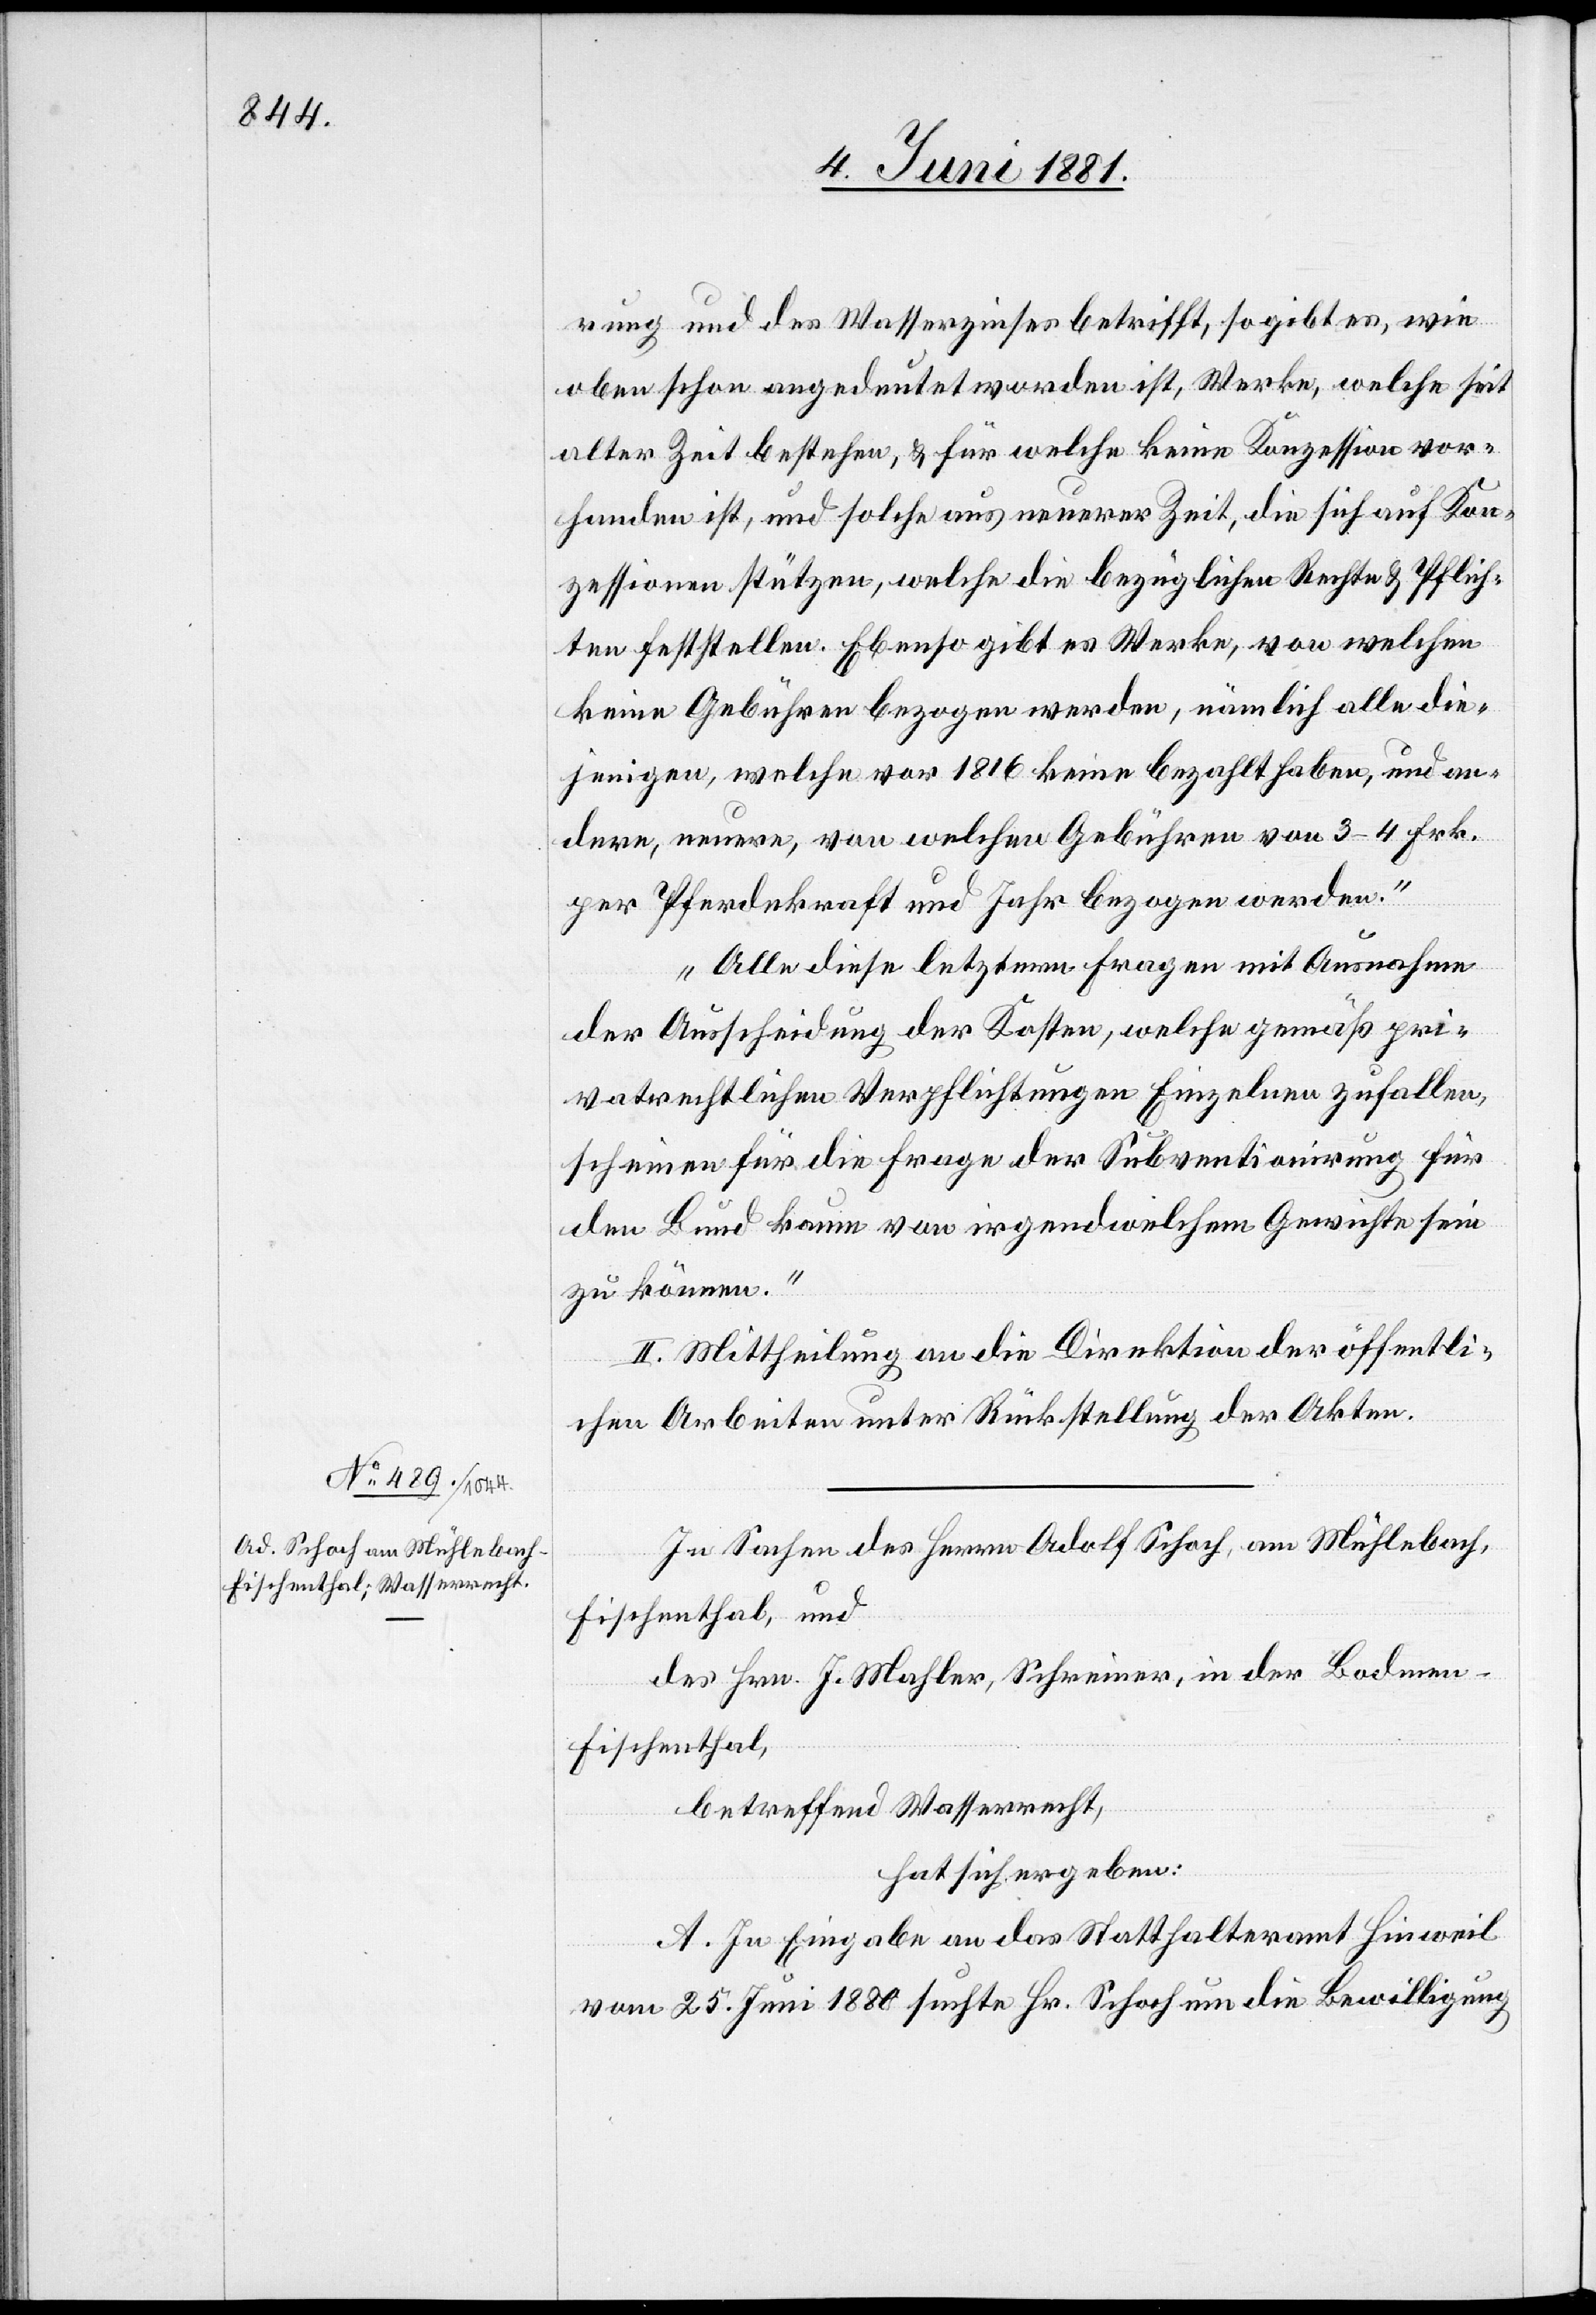
rung und des Wasserzinses betriff, so gibt es, wie
oben schon angedeutet worden ist, Werke, welche seit
alter Zeit bestehen, & für welche keine Konzession vor¬
handen ist, und solche aus neuerer Zeit, die sich auf Kon¬
zessionen stützen, welche die bezüglichen Rechte & Pflich¬
ten feststellen. Ebenso gibt es Werke, von welchen
keine Gebühren bezogen werden, nämlich alle die¬
jenigen, welche vor 1816 keine bezahlt haben, und an¬
dere, neuere, von welchen Gebühren von 3–4 Frk.
per Pferdekraft und Jahr bezogen werden.
Alle diese letztern Fragen mit Ausnahme
der Ausscheidung der Kosten, welche gemäß pri¬
vatrechtlichen Verpflichtungen Einzelnen zufallen,
scheinen für die Frage der Subventionirung für
den Bund kaum von irgendwelchem Gewichte sein
zu können.“
II. Mittheilung an die Direktion der öffentli¬
chen Arbeiten unter Rückstellung der Akten.
In Sachen des Herrn Adolf Schoch, am Mühlebach,
Fischenthal, und
des Hrn. J. Mahler, Schreiner, in der Bodmen
Fischenthal,
betreffend Wasserrecht,
hat sich ergeben:
A. In Eingabe an das Statthalteramt Hinweil
vom 25. Juni 1880 suchte Hr. Schoch um die Bewilligung